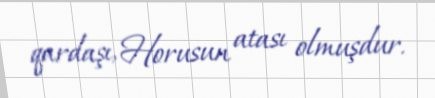
qardaşı, Horusun atası olmuşdur.